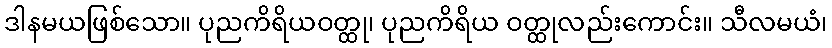
ဒါနမယဖြစ်သော။ ပုညကိရိယဝတ္ထု၊ ပုညကိရိယ ဝတ္ထုလည်းကောင်း။ သီလမယံ၊